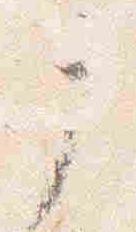
戸